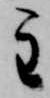
主